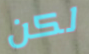
لكن